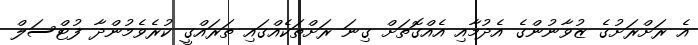
އެ ރަށްރަށުގެ ޒުވާނުންގެ އެދުމާއި އެއްގޮތަށް ގިނަ ރަށްތަކެއްގައި ތަރައްގީ ކުރެވެމުންދާ ފުޓްސަލް